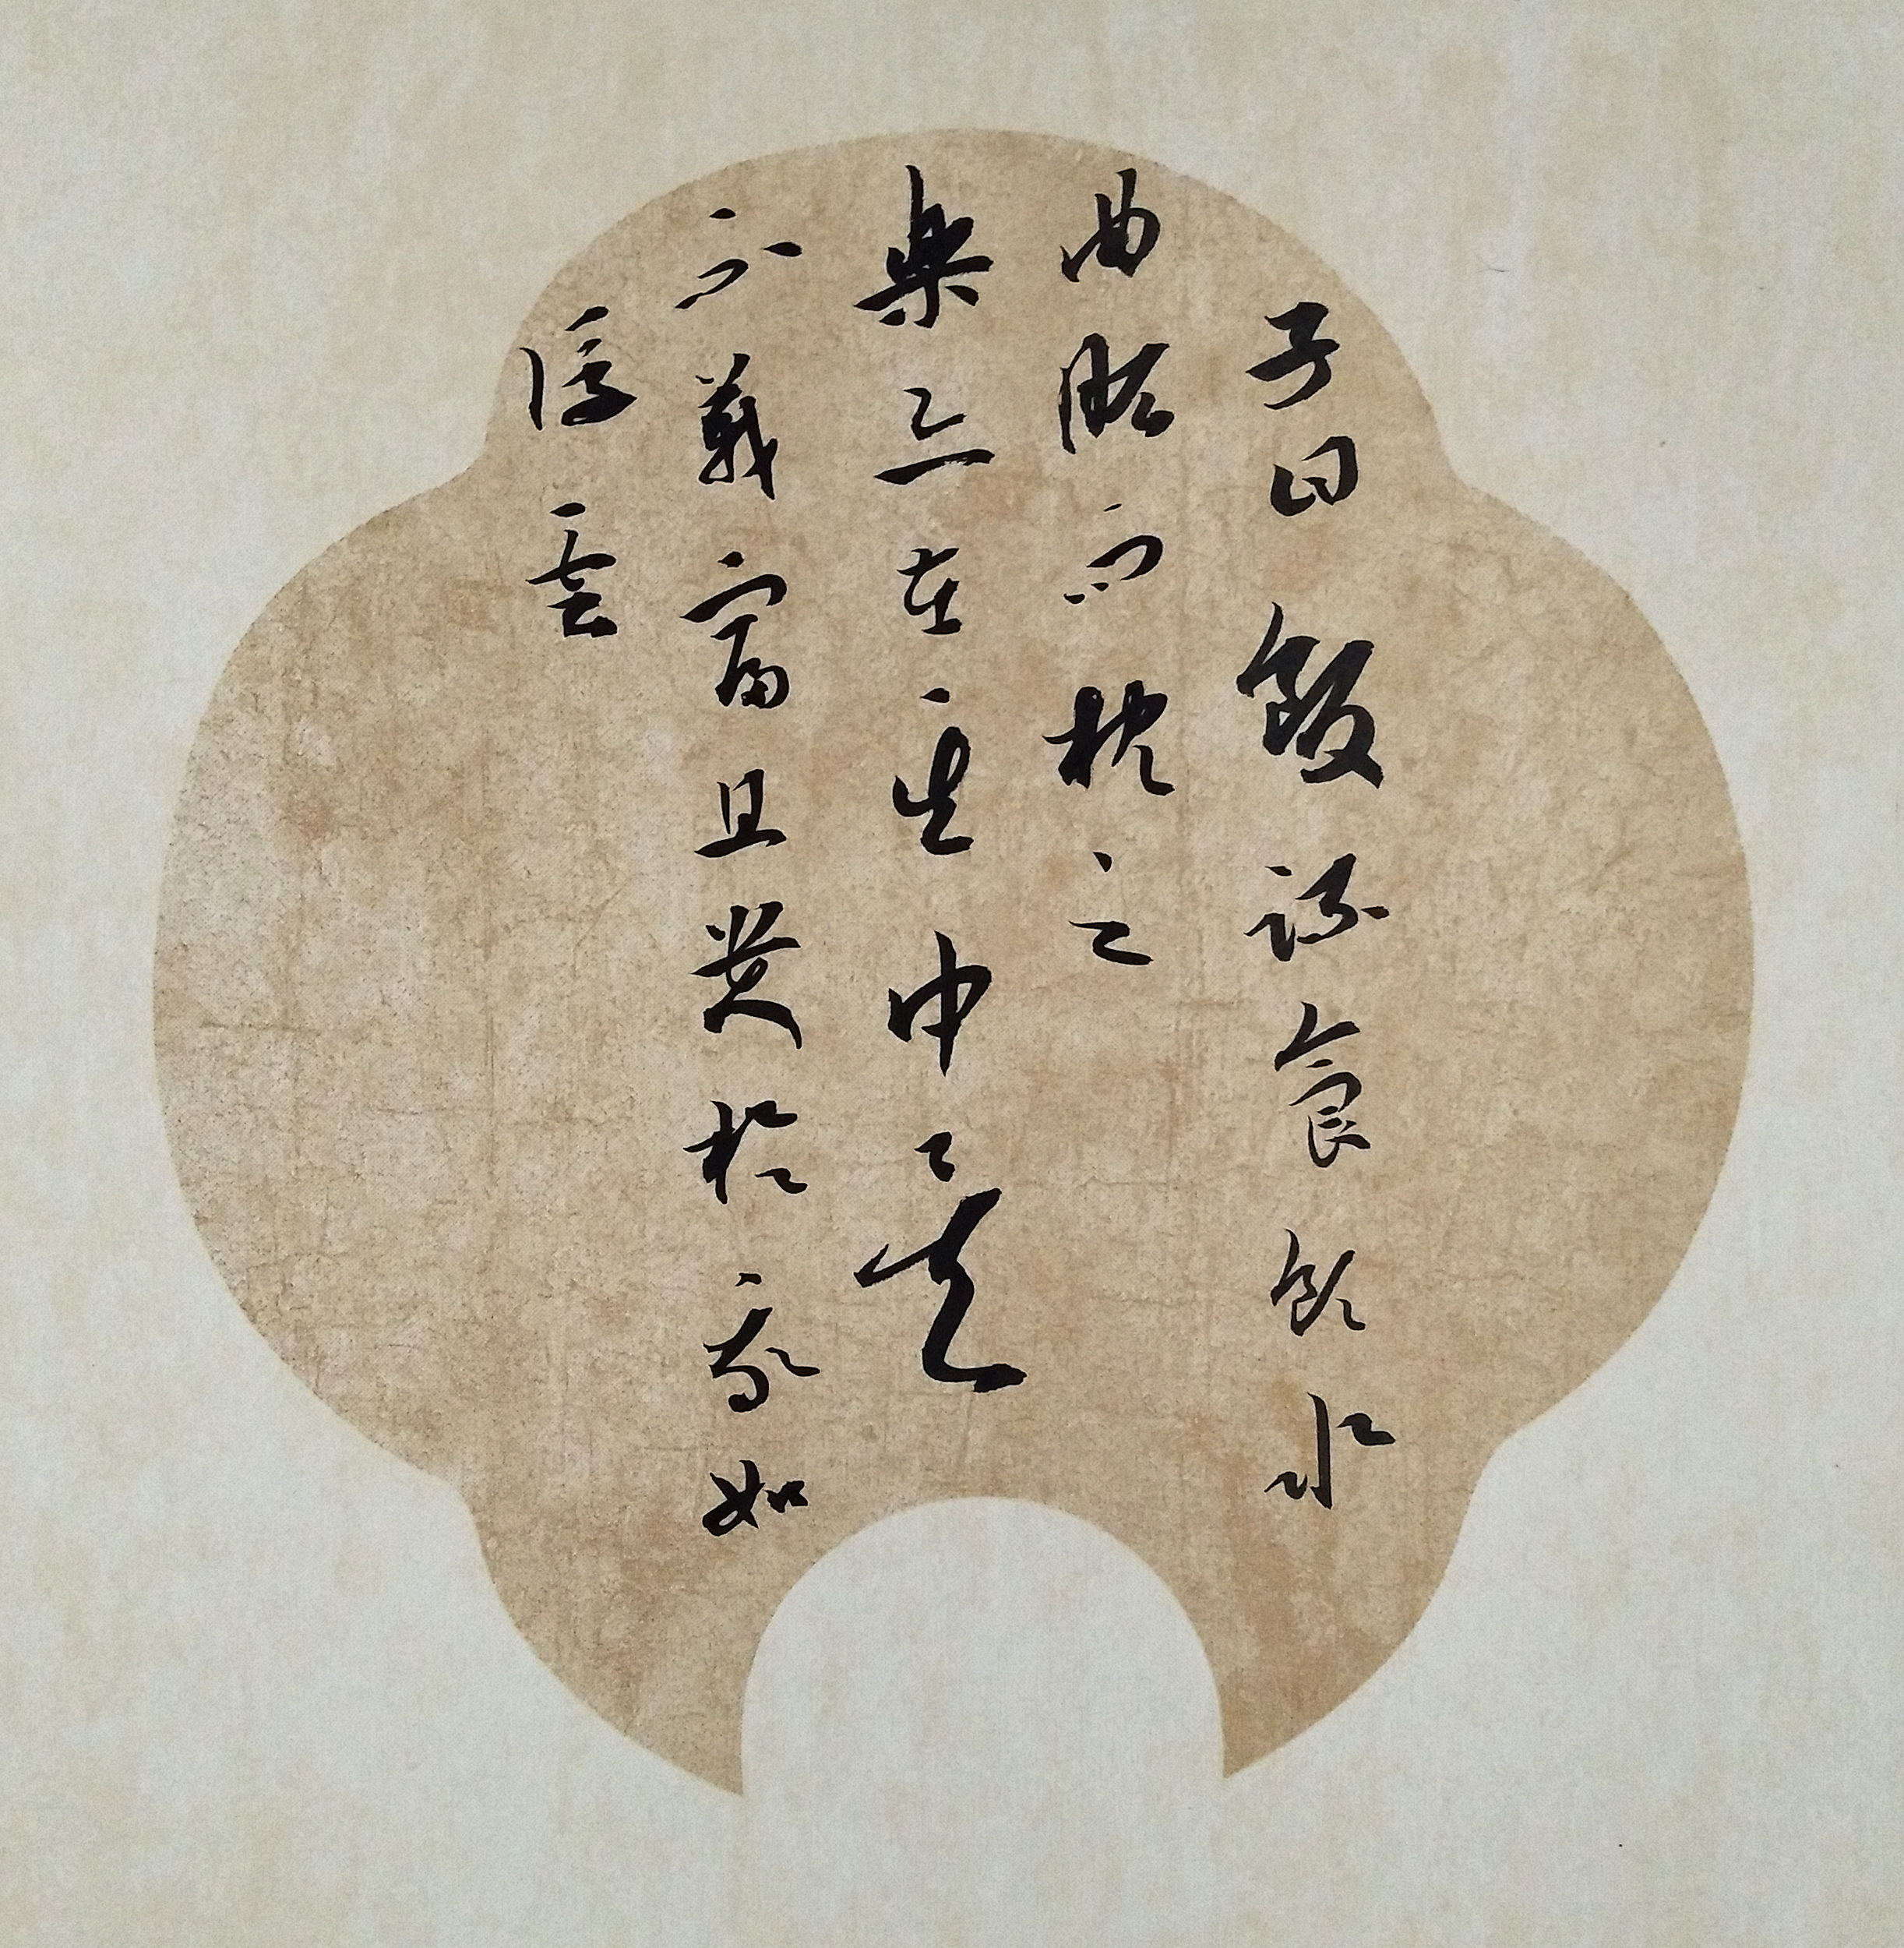
饭疏食，饮水，曲肱而枕之，乐亦在其中矣。不义而富且贵，于我如浮云。